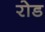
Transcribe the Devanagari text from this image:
रोड